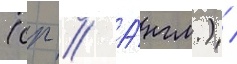
(ср // А́нгл.) /